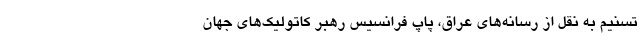
تسنیم به نقل از رسانه‌های عراق،‌ پاپ فرانسیس رهبر کاتولیک‌های جهان